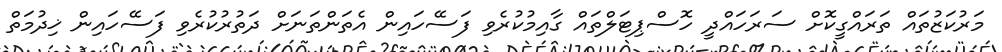
މަރުކަޒުތައް ތަރައްގީކޮށް ސަރަހައްދީ ހޮސްޕިޓަލްތައް ގާއިމުކުރެވި ފަސޭހައިން އެތަންތަނަށް ދަތުރުކުރެވި ފަސޭހައިން ޚިދުމަތް